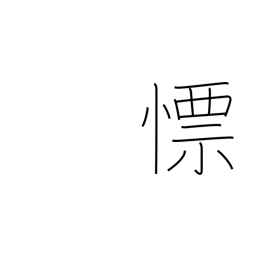
Meaning: quick